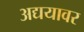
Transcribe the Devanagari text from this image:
अद्ययावर